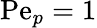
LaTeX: \mathrm{Pe}_{p}=1